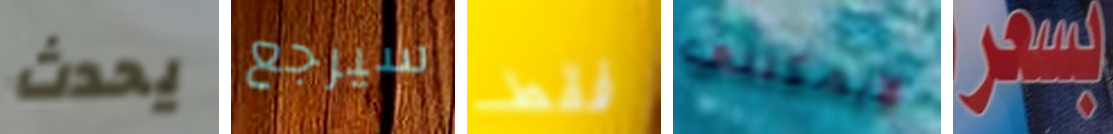
يحدث سيرجع فقط لايمكنني بسعر